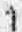
1